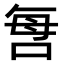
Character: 𠲯